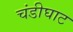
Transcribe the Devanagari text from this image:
चंडीघाट